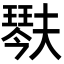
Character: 𤩍